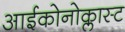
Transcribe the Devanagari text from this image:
आईकोनोक्लास्ट